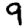
Digit: 9